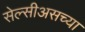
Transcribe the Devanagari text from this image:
सेल्सीअसच्या